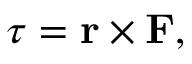
{ \boldsymbol { \tau } } = \mathbf { r } \times \mathbf { F } ,